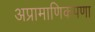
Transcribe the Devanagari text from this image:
अप्रामाणिकपणा